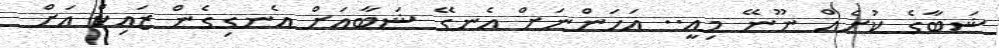
ޝަބާގެ ކުށެއް ނޫނޭ މިއީ.. އަހަންނަށް އެނގޭ ޝަބާއަށް އެނގިގެން ޒައިކް އަށް